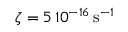
\zeta = 5 \, 1 0 ^ { - 1 6 } \, \mathrm { s } ^ { - 1 }